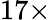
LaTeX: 17\times